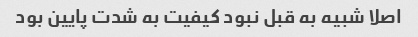
اصلا شبیه به قبل نبود کیفیت به شدت پایین بود